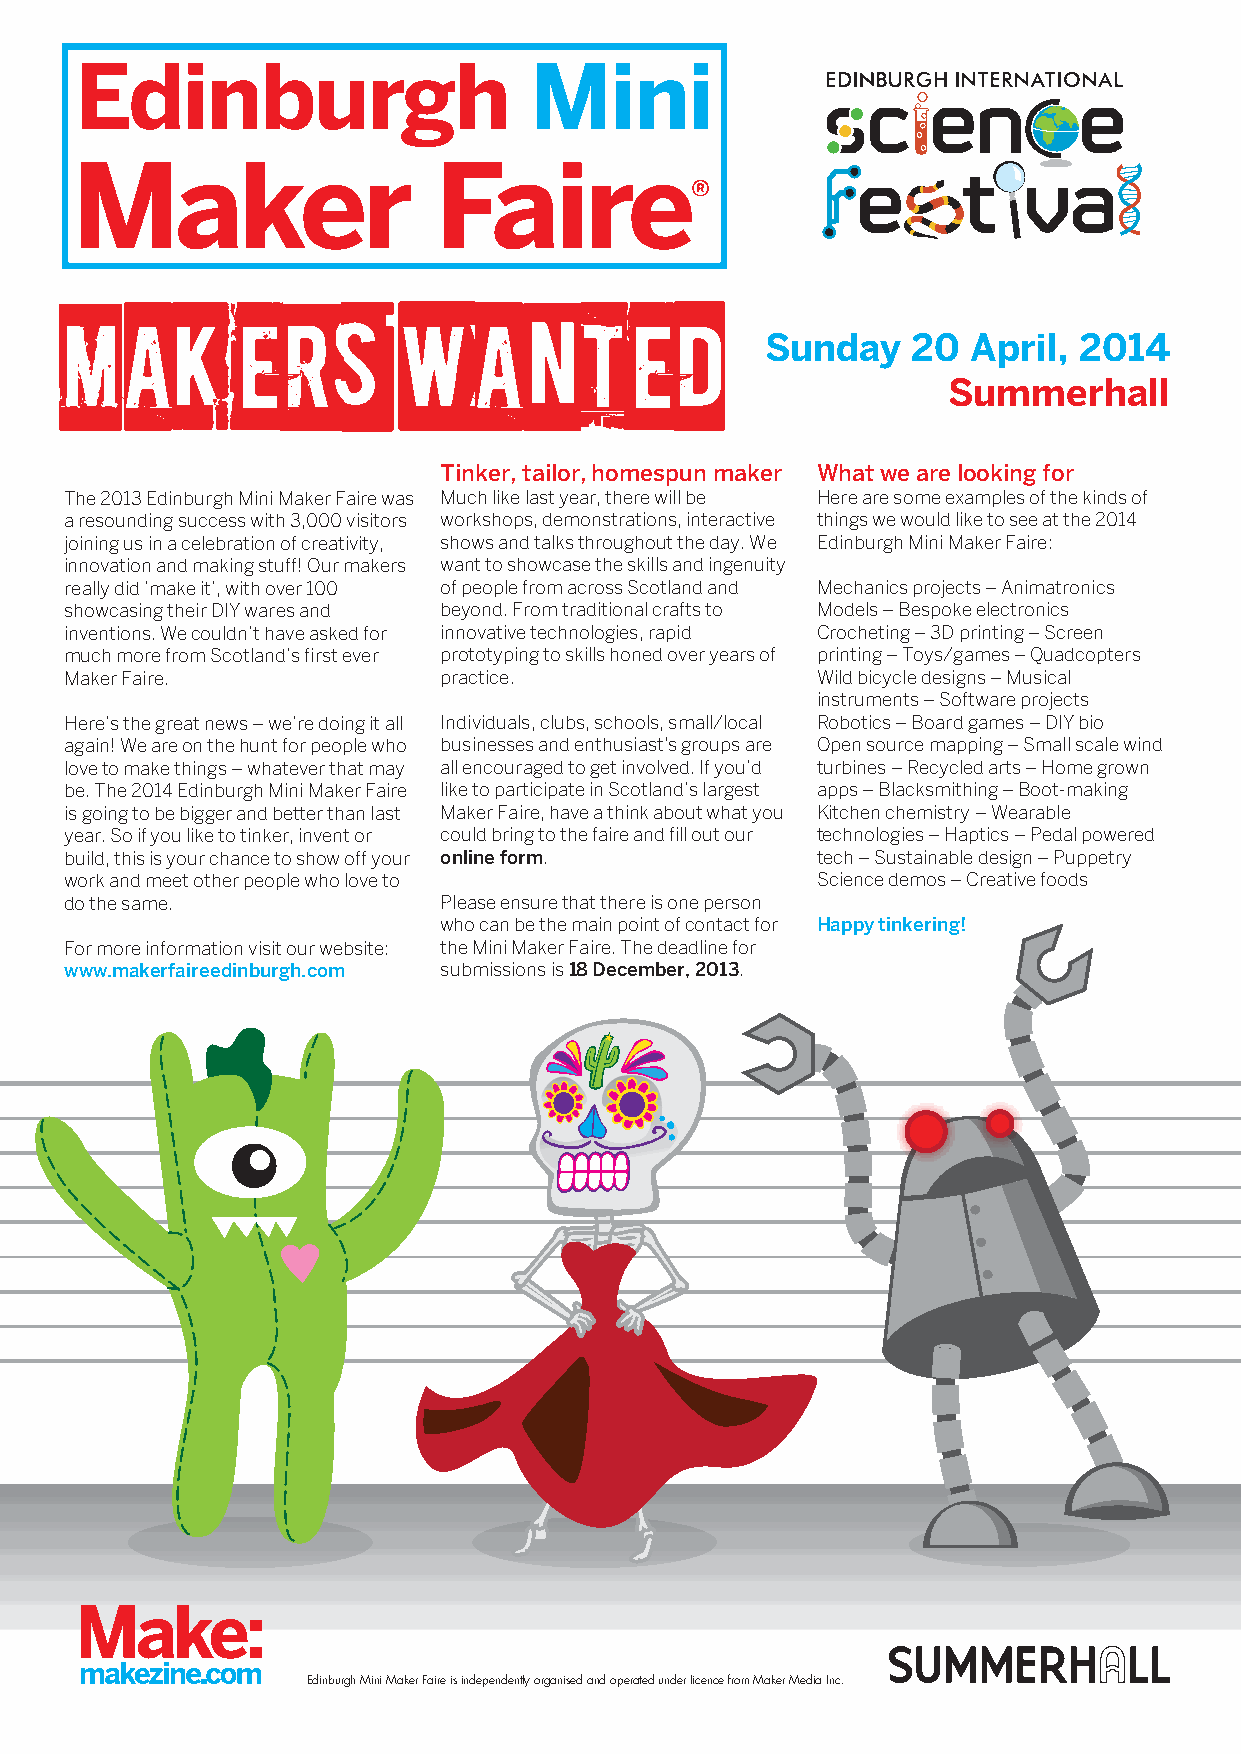
MAKERS                WANTED
 Sunday   20  April, 2014
 Summerhall
 Tinker, tailor, homespun maker What we are looking for
 The 2013 Edinburgh Mini Maker Faire was Much like last year, there will be Here are some examples of the kinds of
 a resounding success with 3,000 visitors workshops, demonstrations, interactive things we would like to see at the 2014
 joining us in a celebration of creativity, shows and talks throughout the day. We Edinburgh Mini Maker Faire:
 innovation and making stuff! Our makers want to showcase the skills and ingenuity
 really did ‘make it’, with over 100 of people from across Scotland and Mechanics projects – Animatronics
 showcasing their DIY wares and beyond. From traditional crafts to Models – Bespoke electronics
 inventions. We couldn’t have asked for innovative technologies, rapid Crocheting – 3D printing – Screen
 much more from Scotland’s first ever prototyping to skills honed over years of printing – Toys/games – Quadcopters
 Maker Faire.             practice.                Wild bicycle designs – Musical
 instruments – Software projects
 Here’s the great news – we’re doing it all Individuals, clubs, schools, small/local Robotics – Board games – DIY bio
 again! We are on the hunt for people who businesses and enthusiast's groups are Open source mapping – Small scale wind
 love to make things – whatever that may all encouraged to get involved. If you’d turbines – Recycled arts – Home grown
 be. The 2014 Edinburgh Mini Maker Faire like to participate in Scotland’s largest apps – Blacksmithing – Boot-making
 is going to be bigger and better than last Maker Faire, have a think about what you Kitchen chemistry – Wearable
 year. So if you like to tinker, invent or could bring to the faire and fill out our technologies – Haptics – Pedal powered
 build, this is your chance to show off your online form. tech – Sustainable design – Puppetry
 work and meet other people who love to            Science demos – Creative foods
 do the same.             Please ensure that there is one person
 who can be the main point of contact for Happy tinkering!
 For more information visit our website: the Mini Maker Faire. The deadline for
 www.makerfaireedinburgh.com submissions is 18 December, 2013.
 Edinburgh Mini Maker Faire is independently organised and operated under licence from Maker Media Inc.